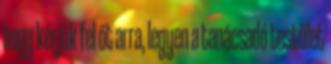
hogy kérjük fel őt arra, legyen a tanácsadó testület